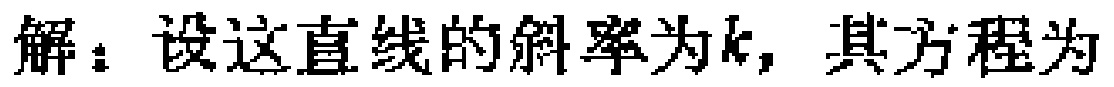
解：设这直线的斜率为\(k\)，其方程为